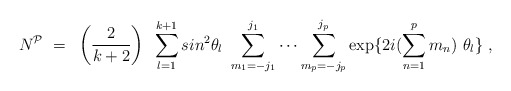
\begin{align*}N^{\cal P}~=~\left ( 2 \over {k+2} \right) ~\sum_{l=1}^{k+1} sin^2 \theta_l~\sum_{m_1 = -j_1}^{j_1} \cdots \sum_{m_p=-j_p}^{j_p} \exp \{2i(\sum_{n=1}^p m_n)~ \theta_l \}~, \end{align*}